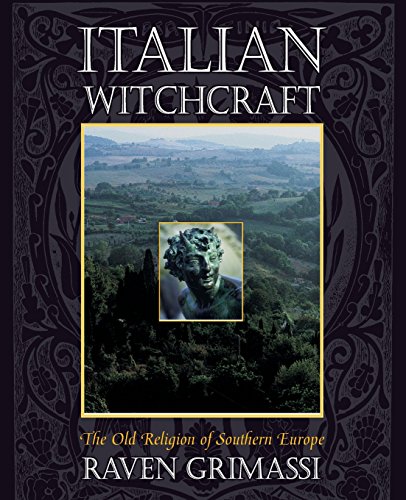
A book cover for Italian Witchcraft: The Old Religion of Southern Europe; Raven Grimassi; History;